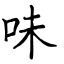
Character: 味